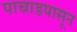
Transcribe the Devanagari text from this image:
पाचाडपासून